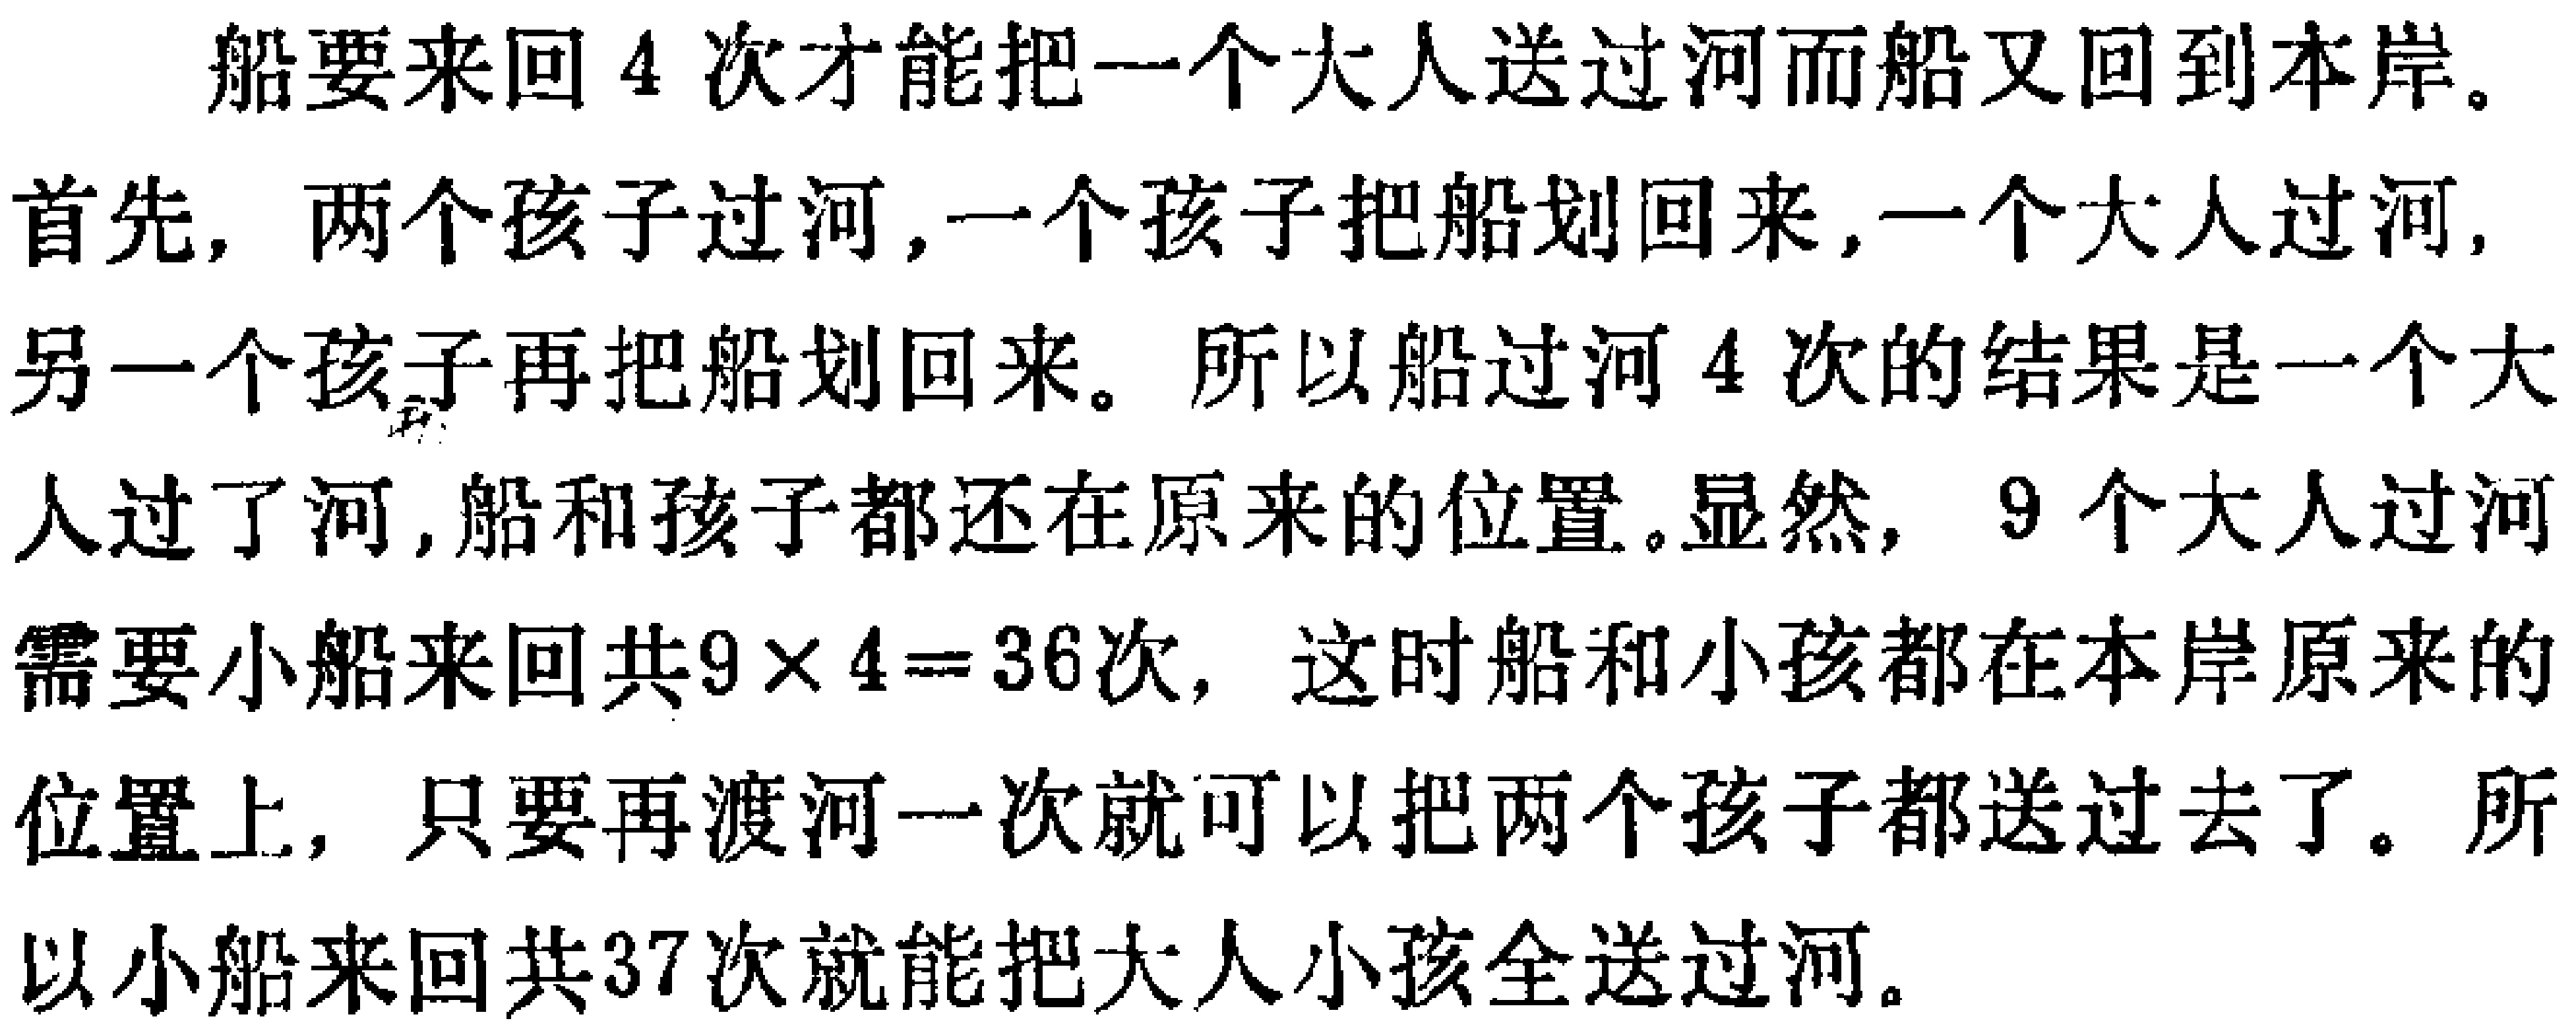
船要来回4次才能把一个大人送过河而船又回到本岸。首先，两个孩子过河，一个孩子把船划回来，一个大人过河，另一个孩子再把船划回来。所以船过河4次的结果是一个大人过了河，船和孩子都还在原来的位置。显然，9个大人过河需要小船来回共\(9\times4 = 36\)次，这时船和小孩都在本岸原来的位置上，只要再渡河一次就可以把两个孩子都送过去了。所以小船来回共37次就能把大人小孩全送过河。